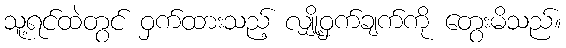
သူ့ရင်ထဲတွင် ဝှက်ထားသည့် လျှို့ဝှက်ချက်ကို တွေးမိသည်။